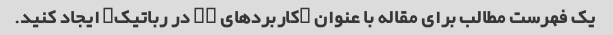
یک فهرست مطالب برای مقاله با عنوان "کاربردهای ML در رباتیک" ایجاد کنید.